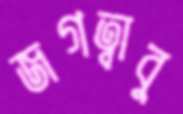
জগত্বাবু